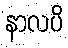
နာလပိ